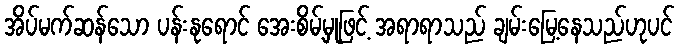
အိပ်မက်ဆန်သော ပန်းနုရောင် အေးစိမ့်မှုဖြင့် အရာရာသည် ချမ်းမြေ့နေသည်ဟုပင်